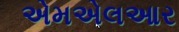
એમએલઆર